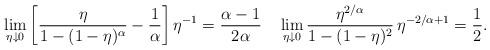
LaTeX: \begin{gather*} \lim_{\eta\downarrow 0} \left[\frac{\eta}{1-(1-\eta)^{\alpha}} - \frac{1}{\alpha}\right] \eta^{-1} = \frac{\alpha-1}{2\alpha} \quad \lim_{\eta\downarrow 0} \frac{\eta^{2/\alpha}}{1-(1-\eta)^2}\,\eta^{-2/\alpha+1} = \frac 12.\end{gather*}